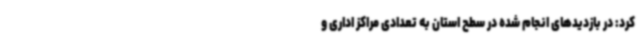
کرد: در بازدیدهای انجام شده در سطح استان به تعدادی مراکز اداری و